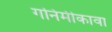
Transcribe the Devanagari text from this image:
गनिमीकावा